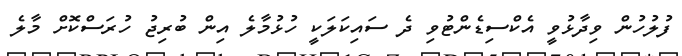
ފުލުހުން ވިދާޅުވީ އެކްސިޑެންޓުވި ދެ ސައިކަލަކީ ހުޅުމާލެ އިން ބުރިޖު ހުރަސްކޮށް މާލެ